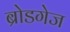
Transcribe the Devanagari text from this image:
ब्रोडगेज